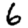
Digit: 6